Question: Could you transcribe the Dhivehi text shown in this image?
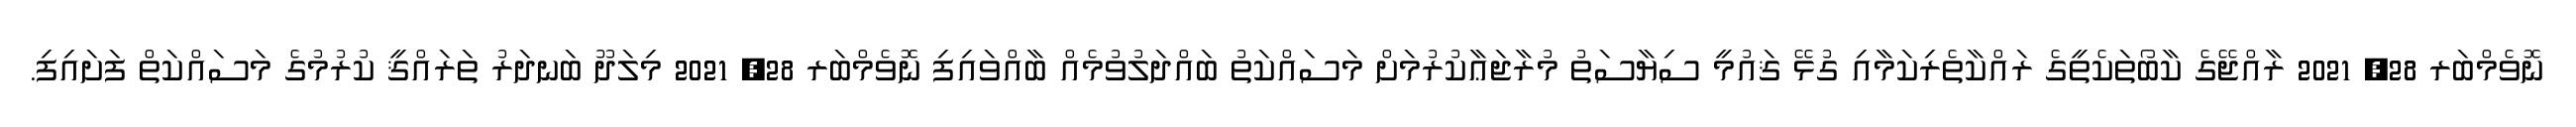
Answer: ނޮވެމްބަރ 28, 2021 ރާއްޖޭގެ ކާބޯތަކެތީގެ ރައްކާތެރިކަމާއި ގުޅޭ ޤައުމީ ސިޔާސަތު މުރާޖަޢާކުރުމަށް މަސައްކަތު ބައްދަލުވުމެއް ބާއްވައިފި ނޮވެމްބަރ 28, 2021 މިލަދޫ ބަނދަރު ތަރައްޤީ ކުރުމުގެ މަސައްކަތް ފަށައިފި.